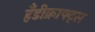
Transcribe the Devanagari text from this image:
हँडीक्राफ्ट्स